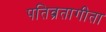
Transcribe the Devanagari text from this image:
पतिव्रतागीता